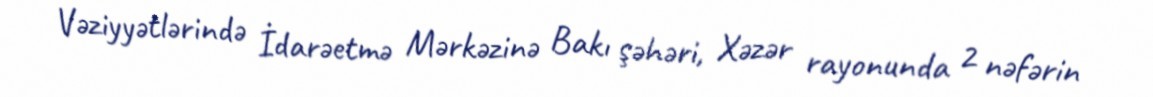
Vəziyyətlərində İdarəetmə Mərkəzinə Bakı şəhəri, Xəzər rayonunda 2 nəfərin